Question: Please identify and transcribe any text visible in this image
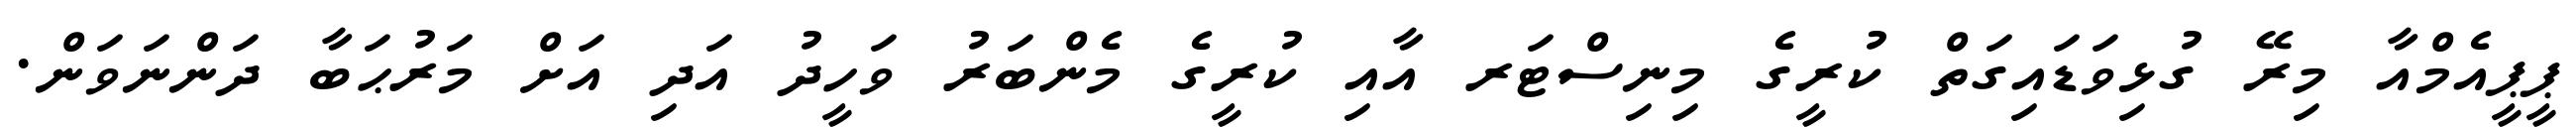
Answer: ޕީޕީއެމްއާ މިރޭ ގުޅިވަޑައިގަތް ކުރީގެ މިނިސްޓަރ އާއި ކުރީގެ މެންބަރު ވަހީދު އަދި އަށް މަރުޙަބާ ދަންނަވަން.